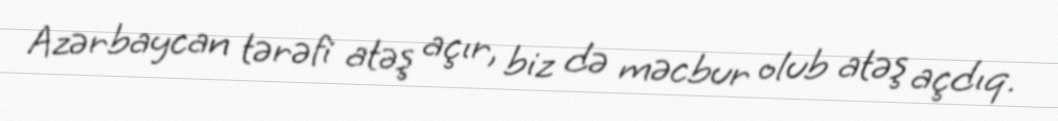
Azərbaycan tərəfi atəş açır, biz də məcbur olub atəş açdıq.